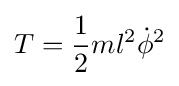
T={\frac {1}{2}}ml^{2}{\dot {\phi }}^{2}